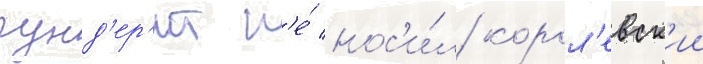
гунд'ер'ит н'е́ нос'и́л корол'евск'ии